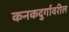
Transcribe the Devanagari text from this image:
कनकदुर्गावरील